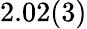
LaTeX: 2.02(3)